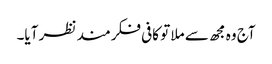
آج وہ مجھ سے ملا تو کافی فکرمند نظر آیا۔